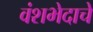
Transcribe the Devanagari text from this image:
वंशभेदाचे